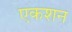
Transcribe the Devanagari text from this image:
एकशन